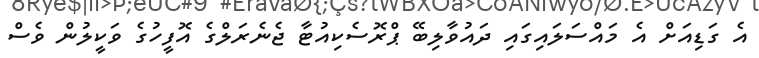
އެ ގަޑިއަށް އެ މައްސަލައިގައި ދައުވާލިބޭ ޕްރޮސެކިއުޓާ ޖެނެރަލްގެ އޮފީހުގެ ވަކީލުން ވެސް